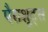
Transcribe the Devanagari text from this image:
पैराशूट्स